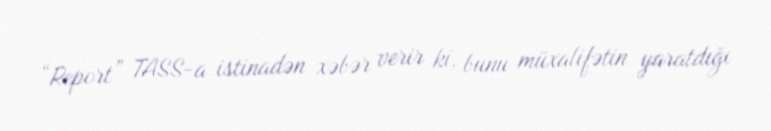
“Report” TASS-a istinadən xəbər verir ki, bunu müxalifətin yaratdığı